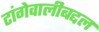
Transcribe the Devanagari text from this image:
टांगेवालीबद्दल